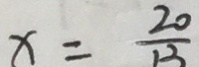
x = \frac { 2 0 } { 1 3 }